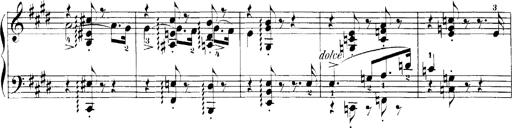
Title: LiebestrÃ¤ume
Composer: Franz Behr
Key: E-flat major